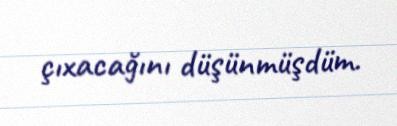
çıxacağını düşünmüşdüm.